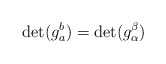
\begin{align*}\det(g_{a}^{b})=\det(g_{\alpha}^{\beta})\end{align*}